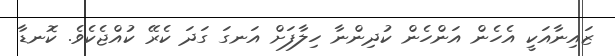
ޒައިނާއަކީ އެހެން އަންހެން ކުދިންނާ ހިލާފަށް އަނގަ ގަދަ ކެރޭ ކުއްޖެކެވެ. ކޮނޑާ